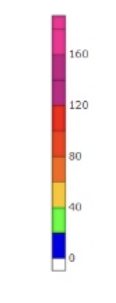
Blue: 0 to 20
Green: 20 to 40
Yellow: 40 to 60
Orange: 60 to 80
Dark Orange: 80 to 100
Red: 100 to 120
Magenta: 120 to 160
Pink: 160 to 190